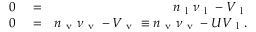
\begin{array} { r l r } { 0 } & { { } = } & { n _ { \mathrm { ~ l ~ } } \nu _ { \mathrm { ~ l ~ } } - V _ { \mathrm { ~ l ~ } } } \\ { 0 } & { { } = } & { n _ { \mathrm { ~ v ~ } } \nu _ { \mathrm { ~ v ~ } } - V _ { \mathrm { ~ v ~ } } \equiv n _ { \mathrm { ~ v ~ } } \nu _ { \mathrm { ~ v ~ } } - U V _ { \mathrm { ~ l ~ } } . } \end{array}